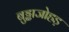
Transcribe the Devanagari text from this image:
बुड्ढाजोहड़